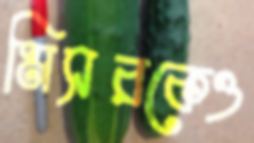
মিসরকেও